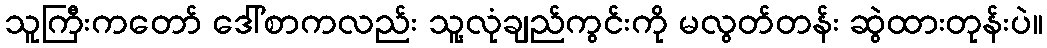
သူကြီးကတော် ဒေါ်စာကလည်း သူ့လုံချည်ကွင်းကို မလွတ်တန်း ဆွဲထားတုန်းပဲ။